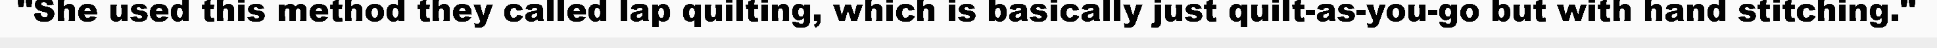
"She used this method they called lap quilting, which is basically just quilt-as-you-go but with hand stitching."